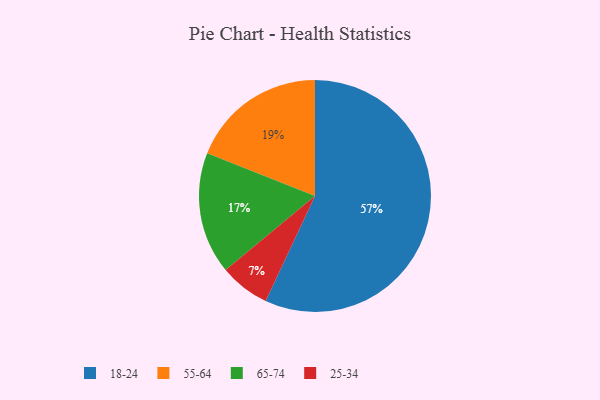
{"axis": {"x": "Category", "y": "Percentage"}, "legend": ["18-24", "25-34", "55-64", "65-74"], "data": [{"x": "25-34", "y": 7, "type": "25-34"}, {"x": "65-74", "y": 17, "type": "65-74"}, {"x": "18-24", "y": 57, "type": "18-24"}, {"x": "55-64", "y": 19, "type": "55-64"}]}